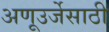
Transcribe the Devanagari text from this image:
अणूउर्जेसाठी